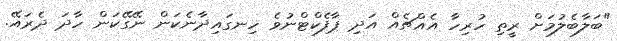
"ބަލާބެލުމަށް ރީތި ހުރިހާ އެއްޗެއް އަދި ޕާފެކްޓްނުވެ ހިނގައިދާނެކަން ނޭގޭކަން ހާދަ ދެރައޭ.